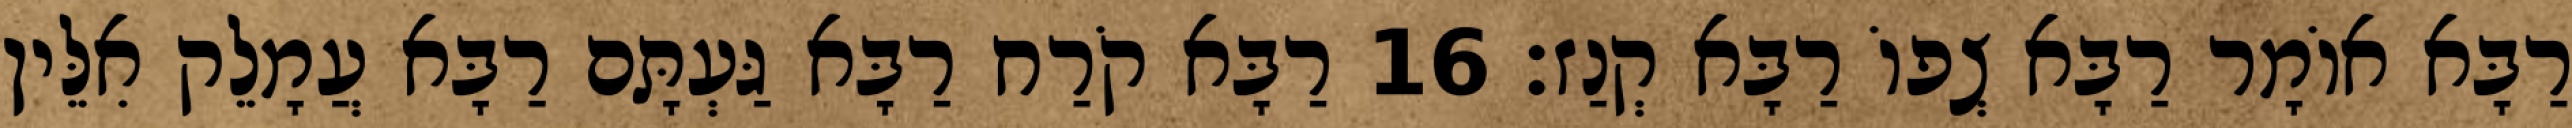
רַבָּא אוֹמָר רַבָּא צְפוֹ רַבָּא קְנַז׃ 16 רַבָּא קֹרַח רַבָּא גַּעְתָּם רַבָּא עֲמָלֵק אִלֵּין